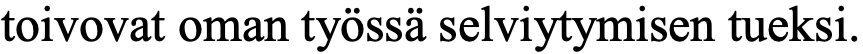
toivovat oman työssä selviytymisen tueksi.